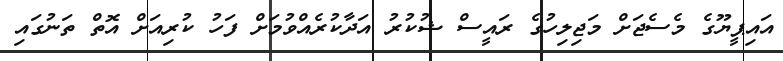
އައިޕީޔޫގެ މެސެޖަށް މަޖިލިހުގެ ރައީސް ޝުކުރު އަދާކުރެއްވުމަށް ފަހު ކުރިއަށް އޮތް ތަނުގައި